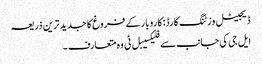
ڈیجیٹل وزٹنگ کارڈ: کاروبار کے فروغ کا جدید ترین ذریعہ
ایل جی کی جانب سے فلیکسیبل ٹی وہ متعارف ۔